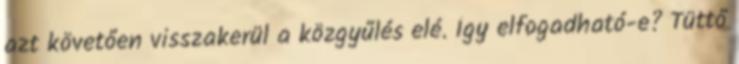
azt követően visszakerül a közgyűlés elé. Így elfogadható-e? Tüttő